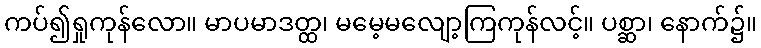
ကပ်၍ရှုကုန်လော။ မာပမာဒတ္ထ၊ မမေ့မလျော့ကြကုန်လင့်။ ပစ္ဆာ၊ နောက်၌။